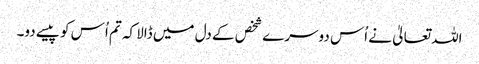
اللہ تعالیٰ نے اُس دوسرے شخص کے دل میں ڈالا کہ تم اُس کو پیسے دو۔